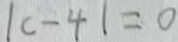
\vert c - 4 \vert = 0